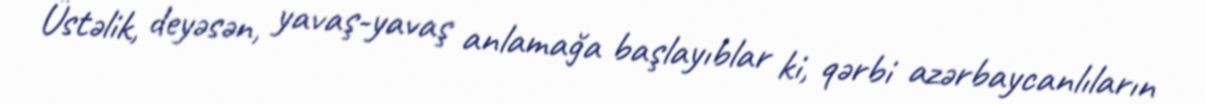
Üstəlik, deyəsən, yavaş-yavaş anlamağa başlayıblar ki, qərbi azərbaycanlıların